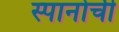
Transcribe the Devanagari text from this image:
स्पानोची